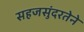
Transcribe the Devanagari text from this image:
सहजसुंदरतेने